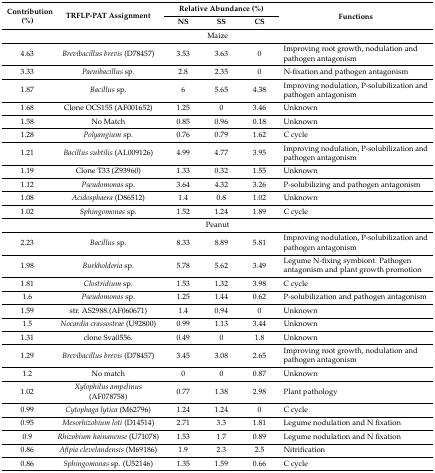
<table><thead><tr><td rowspan="2"><b>Contribution (%)</b></td><td rowspan="2"><b>TRFLP-PAT Assignment</b></td><td colspan="3"><b>Relative Abundance (%)</b></td><td rowspan="2"><b>Functions</b></td></tr><tr><td><b>NS</b></td><td><b>SS</b></td><td><b>CS</b></td></tr></thead><tbody><tr><td colspan="6">Maize</td></tr><tr><td>4.63</td><td><i>Brevibacillus brevis</i> (D78457)</td><td>3.53</td><td>3.63</td><td>0</td><td>Improving root growth, nodulation and pathogen antagonism</td></tr><tr><td>3.33</td><td><i>Paenibacillus</i> sp.</td><td>2.8</td><td>2.35</td><td>0</td><td>N-fixation and pathogen antagonism</td></tr><tr><td>1.87</td><td><i>Bacillus</i> sp.</td><td>6</td><td>5.65</td><td>4.38</td><td>Improving nodulation, P-solubilization and pathogen antagonism</td></tr><tr><td>1.68</td><td>Clone OCS155 (AF001652)</td><td>1.25</td><td>0</td><td>3.46</td><td>Unknown</td></tr><tr><td>1.58</td><td>No Match</td><td>0.85</td><td>0.96</td><td>0.18</td><td>Unknown</td></tr><tr><td>1.28</td><td><i>Polyangium</i> sp.</td><td>0.76</td><td>0.79</td><td>1.62</td><td>C cycle</td></tr><tr><td>1.21</td><td><i>Bacillus subtilis</i> (AL009126)</td><td>4.99</td><td>4.77</td><td>3.95</td><td>Improving nodulation, P-solubilization and pathogen antagonism</td></tr><tr><td>1.19</td><td>Clone T33 (Z93960)</td><td>1.33</td><td>0.32</td><td>1.55</td><td>Unknown</td></tr><tr><td>1.12</td><td><i>Pseudomonas</i> sp.</td><td>3.64</td><td>4.32</td><td>3.26</td><td>P-solubilizing and pathogen antagonism</td></tr><tr><td>1.08</td><td><i>Acidosphaera</i> (D86512)</td><td>1.4</td><td>0.8</td><td>1.02</td><td>Unknown</td></tr><tr><td>1.02</td><td><i>Sphingomonas</i> sp.</td><td>1.52</td><td>1.24</td><td>1.89</td><td>C cycle</td></tr><tr><td colspan="6">Peanut</td></tr><tr><td>2.23</td><td><i>Bacillus</i> sp.</td><td>8.33</td><td>8.89</td><td>5.81</td><td>Improving nodulation, P-solubilization and pathogen antagonism</td></tr><tr><td>1.98</td><td><i>Burkholderia</i> sp.</td><td>5.78</td><td>5.62</td><td>3.49</td><td>Legume N-fixing symbiont. Pathogen antagonism and plant growth promotion</td></tr><tr><td>1.81</td><td><i>Clostridium</i> sp.</td><td>1.53</td><td>1.32</td><td>3.98</td><td>C cycle</td></tr><tr><td>1.6</td><td><i>Pseudomonas</i> sp.</td><td>1.25</td><td>1.44</td><td>0.62</td><td>P-solubilization and pathogen antagonism</td></tr><tr><td>1.59</td><td>str. AS2988.(AF060671)</td><td>1.4</td><td>0.94</td><td>0</td><td>Unknown</td></tr><tr><td>1.5</td><td><i>Nocardia crassostrae</i> (U92800) </td><td>0.99</td><td>1.13</td><td>3.44</td><td>Unknown</td></tr><tr><td>1.31</td><td>clone Sva0556.</td><td>0.49</td><td>0</td><td>1.8</td><td>Unknown</td></tr><tr><td>1.29</td><td><i>Brevibacillus brevis</i> (D78457)</td><td>3.45</td><td>3.08</td><td>2.65</td><td>Improving root growth, nodulation and pathogen antagonism</td></tr><tr><td>1.2</td><td>No match</td><td>0</td><td>0</td><td>0.87</td><td>Unknown</td></tr><tr><td>1.02</td><td><i>Xylophilus ampelinus</i> (AF078758)</td><td>0.77</td><td>1.38</td><td>2.98</td><td>Plant pathology</td></tr><tr><td>0.99</td><td><i>Cytophaga lytica</i> (M62796)</td><td>1.24</td><td>1.24</td><td>0</td><td>C cycle</td></tr><tr><td>0.95</td><td><i>Mesorhizobium loti</i> (D14514)</td><td>2.71</td><td>3.3</td><td>1.81</td><td>Legume nodulation and N fixation</td></tr><tr><td>0.9</td><td><i>Rhizobium hainanense</i> (U71078)</td><td>1.53</td><td>1.7</td><td>0.89</td><td>Legume nodulation and N fixation</td></tr><tr><td>0.86</td><td><i>Afipia clevelandensis</i> (M69186)</td><td>1.9</td><td>2.3</td><td>2.5</td><td>Nitrification</td></tr><tr><td>0.86</td><td><i>Sphingomonas</i> sp. (U52146)</td><td>1.35</td><td>1.59</td><td>0.66</td><td>C cycle</td></tr></tbody></table>